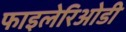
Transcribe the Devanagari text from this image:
फाइलेरिओडी